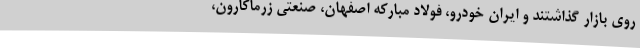
روی بازار گذاشتند و ایران خودرو، فولاد مبارکه اصفهان، صنعتی زرماکارون،